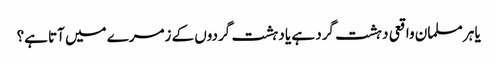
یا ہر مسلمان واقعی دہشت گرد ہے یا دہشت گردوں کے زمرے میں آتا ہے؟